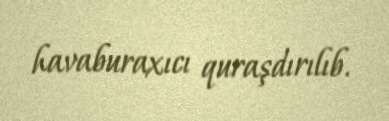
havaburaxıcı quraşdırılıb.